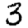
Digit: 3